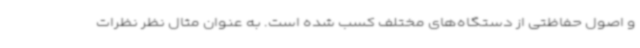
و اصول حفاظتی از دستگاه‌های مختلف کسب شده است. به عنوان مثال نظر نظرات